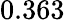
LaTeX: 0.363